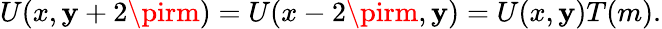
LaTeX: U(x,\mathbf{y}+2\pirm)=U(x-2\pirm,\mathbf{y})=U(x,\mathbf{y})T(m).